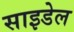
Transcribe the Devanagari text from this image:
साइडेल